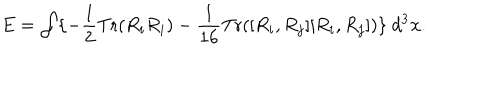
E = \int \{ - \frac { 1 } { 2 } \mathrm { T r } ( R _ { i } R _ { i } ) - \frac { 1 } { 1 6 } \mathrm { T r } ( [ R _ { i } , R _ { j } ] [ R _ { i } , R _ { j } ] ) \} \ d ^ { 3 } { \bf x } .